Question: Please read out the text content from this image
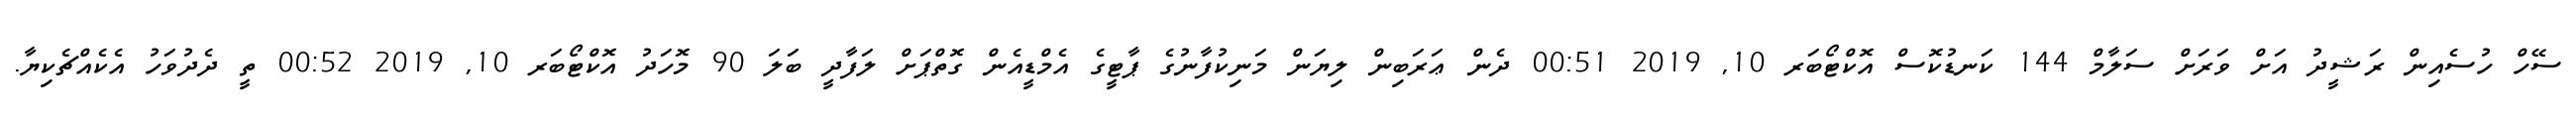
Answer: ސޭހް ހުސެއިން ރަޝީދު އަށް ވަރަށް ސަލާމް 144 ކަނޑުކޮސް އޮކްޓޯބަރ 10, 2019 00:51 ދެން ޢަރަބިން ލިޔަން މަނިކުފާނުގެ ޕާޓީގެ އެމްޑީއެން ގޮތްޕަށް ލަފާދީ ބަލަ 90 މޮހަދު އޮކްޓޯބަރ 10, 2019 00:52 ތީ ދެދުވަހު އެކެއްޗެކިޔާ.